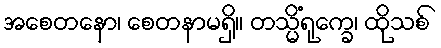
အစေတနော၊ စေတနာမရှိ။ တသ္မိံရုက္ခေ၊ ထိုသစ်